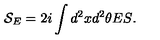
{ \mathcal { S } } _ { E } = 2 i \int { d ^ { 2 } x d ^ { 2 } \theta E S } .